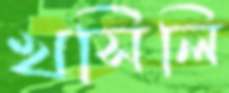
খসিলি